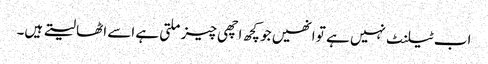
اب ٹیلنٹ نہیں ہے تو انھیں جو کچھ اچھی چیز ملتی ہے اسے اٹھا لیتے ہیں۔